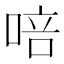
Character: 㖣